Senior Leaving Certificate Examination (including Day School Certificate (Higher) General paper), 1947
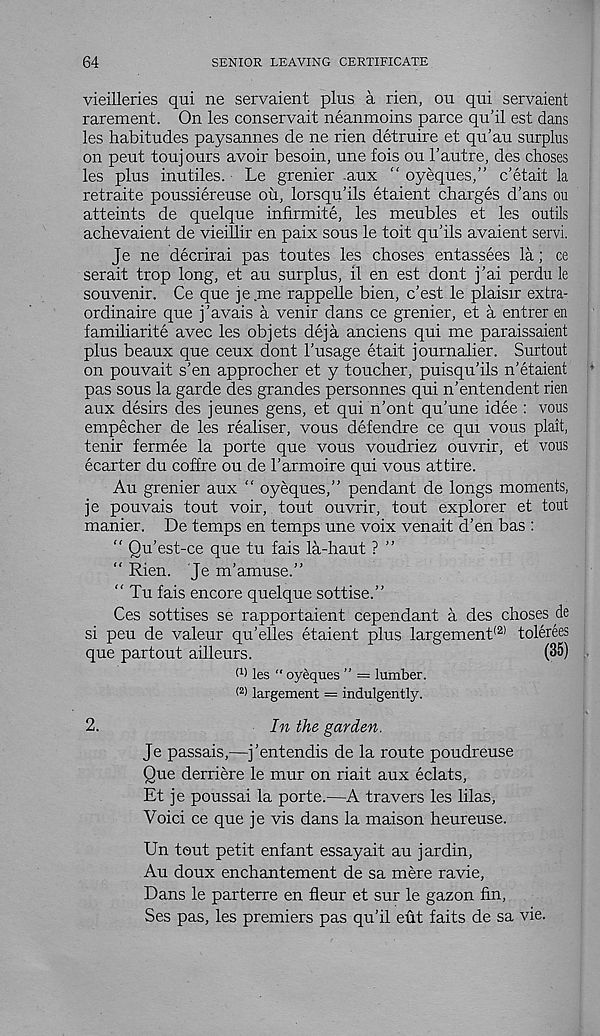
64
SENIOR LEAVING CERTIFICATE
vieilleries qui ne servaient plus a rien, ou qui servaient
rarement. On les conservait neanmoins parce qu'il est dans
les habitudes paysannes de ne rien detruire et qu’au surplus
on pent toujours avoir besoin, une fois ou 1’autre, des choses
les plus inutiles. Le grenier .aux “ oyeques,” c’etait la
retraite poussiereuse ou, lorsqu'ils etaient charges d'ans ou
atteints de quelque infirmite, les meubles et les outils
achevaient de vieillir en paix sous le toit qu’ils avaient servi.
Je ne decrirai pas toutes les choses entassees la; ce
serait trop long, et au surplus, il en est dont j’ai perdu le
souvenir. Ce que je me rappelle bien, c’est le plaisir extra-
ordinaire que j’avais a venir dans ce grenier, et a entrer en
familiarite avec les objets deja anciens qui me paraissaient
plus beaux que ceux dont 1’usage etait journalier. Surtout
on pouvait s'en approcher et y toucher, puisqu'ils n’etaient
pas sous la garde des grandes personnes qui n’entendent rien
aux desks des jeunes gens, et qui n’ont qu’une idee : vous
empecher de les realiser, vous defendre ce qui vous plait,
tenir fermee la porte que vous voudriez ouvrir, et vous
ecarter du coffre ou de I’armoire qui vous attire.
Au grenier aux “ oyeques,” pendant de longs moments,
je pouvais tout voir, tout ouvrir, tout explorer et tout
manier. De temps en temps une voix venait d’en bas :
“ Qu’est-ce que tu fais la-haut ? ”
“ Rien. 'Je m’amuse.”
“ Tu fais encore quelque sottise.”
Ces sottises se rapportaient cependant a des choses de
si peu de valeur qu’elles etaient plus largement (2) tolerees
que partout ailleurs.
(35)
W les “ oyeques ” = lumber.
(2) largement = indulgently.
2.
In the garden.
Je passais,—j'entendis de la route poudreuse
Que derriere le mur on riait aux eclats,
Et je poussai la porte.—A travers les lilas,
Void ce que je vis dans la maison heureuse.
Un tout petit enfant essayait au jardin,
Au doux enchantement de sa mere ravie,
Dans le parterre en fleur et sur le gazon fin,
Ses pas, les premiers pas qu’il eut faits de sa vie.